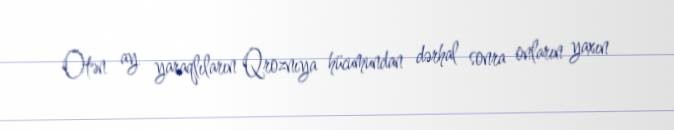
Ötən ay yaraqlıların Qroznıya hücumundan dərhal sonra onların yaxın